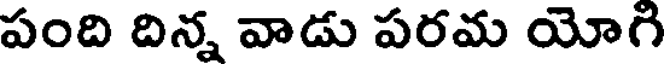
పంది దిన్న వాడు పరమ యోగి